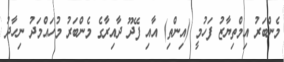
މެންބަރު އިމްތިޔާޒު ފަހުމީ (އިންތި) އާއި ފޭދޫ ދާއިރާގެ މެންބަރު މުހައްމަދު ނިހާދު